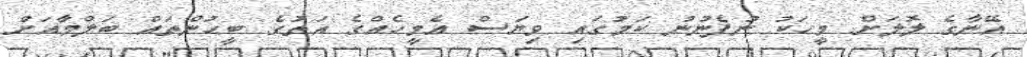
އޭނާގެ ލޮލަށް މީހަކު ނުފެނުނު ކަމުގައި ވިޔަސް އެމީހެއްގެ އަތުގެ ބީހުންތައް ބަލްމާއަށް